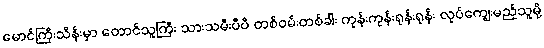
မောင်ကြီးသိန်းမှာ တောင်သူကြီး သားသမီးပီပီ တစ်ဝမ်းတစ်ခါး ကုန်းကုန်းရုန်းရုန်း လုပ်ကျွေးမည့်သူမို့